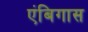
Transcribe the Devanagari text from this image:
एंबिगास